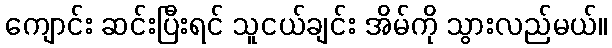
ကျောင်း ဆင်းပြီးရင် သူငယ်ချင်း အိမ်ကို သွားလည်မယ်။